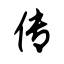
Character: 传